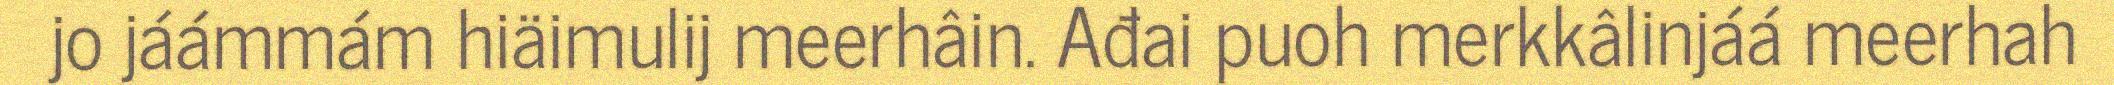
jo jáámmám hiäimulij meerhâin. Ađai puoh merkkâlinjáá meerhah